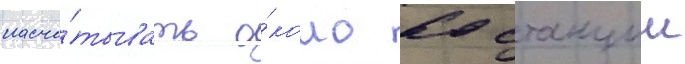
насчи́тывать о́коло 60 станции